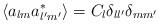
LaTeX: \begin{align*}\langle a_{lm}a_{l'm'}^*\rangle = C_l \delta _{ll'} \delta_{mm'}\end{align*}